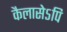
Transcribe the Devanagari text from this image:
कैलासेऽपि